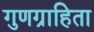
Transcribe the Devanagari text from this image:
गुणग्राहिता